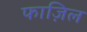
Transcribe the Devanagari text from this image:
फाज़िल